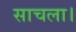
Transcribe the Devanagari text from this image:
साचला।